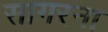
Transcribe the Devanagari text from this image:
सागरना